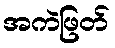
အကဲဖြတ်